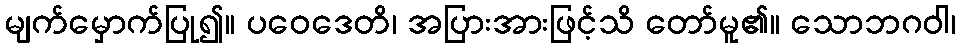
မျက်မှောက်ပြု၍။ ပဝေဒေတိ၊ အပြားအားဖြင့်သိ တော်မူ၏။ သောဘဂဝါ၊